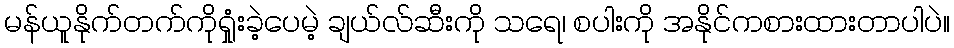
မန်ယူနိုက်တက်ကိုရှုံးခဲ့ပေမဲ့ ချယ်လ်ဆီးကို သရေ၊ စပါးကို အနိုင်ကစားထားတာပါပဲ။